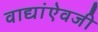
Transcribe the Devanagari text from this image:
वाद्यांऐवजी